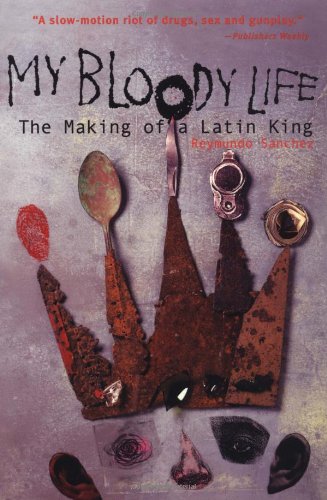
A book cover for My Bloody Life: The Making of a Latin King; Reymundo Sanchez; Biographies & Memoirs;